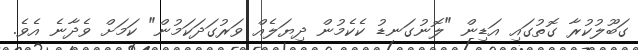
ގަބޫލުކުރާ ގޮތުގައި އަޑިން "ލޮނުގަނޑު ކެކެމުން ދިޔަލެއް ވަރުގަދަކަމުން" ކަމަށް ވެދާނެ އެވެ.